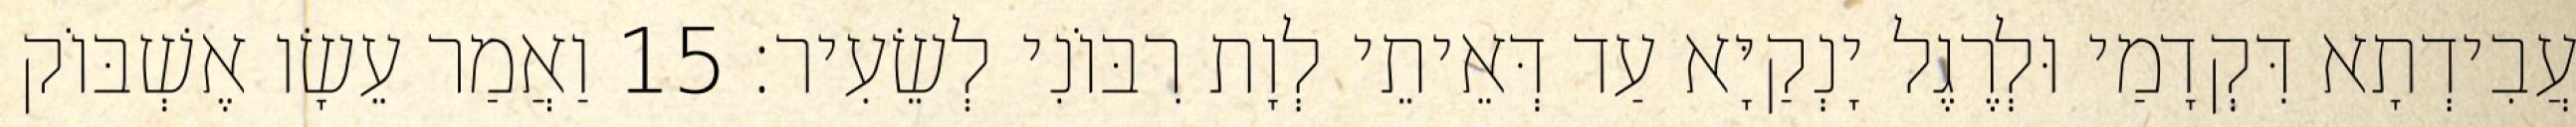
עֲבִידְתָא דִּקְדָמַי וּלְרֶגֶל יָנְקַיָּא עַד דְּאֵיתֵי לְוָת רִבּוֹנִי לְשֵׂעִיר׃ 15 וַאֲמַר עֵשָׂו אֶשְׁבּוֹק